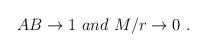
LaTeX: \begin{align*}AB \rightarrow 1\ and \ M/r \rightarrow 0 \ .\end{align*}